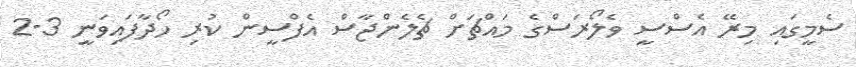
ސެމީގައި މިރޭ އެސްސީ ވެލޯރަސްގެ މައްޗަށް ޗެލެންޖާސް އެފްސީން ކުރި ހޯދާފައިވަނީ 3-2